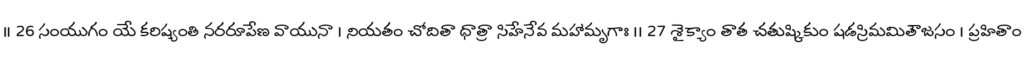
॥ 26 సంయుగం యే కరిష్యంతి నరరూపేణ వాయునా । నియతం చోదితా ధాత్రా సిహేనేవ మహామృగాః ।। 27 శైక్యాం తాత చతుష్కికుం షడస్రిమమితౌజసం । ప్రహితాం